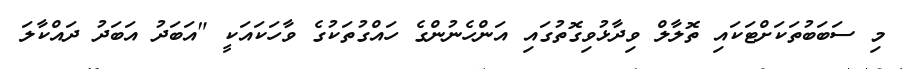
މި ސަބަބުތަކަށްޓަކައި ތޮލާލް ވިދާޅުވިގޮތުގައި އަންހެނުންގެ ހައްގުތަކުގެ ވާހަކައަކީ "އަބަދު އަބަދު ދައްކާލަ